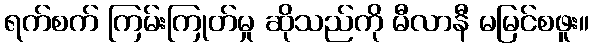
ရက်စက် ကြမ်းကြုတ်မှု ဆိုသည်ကို မီလာနီ မမြင်စဖူး။